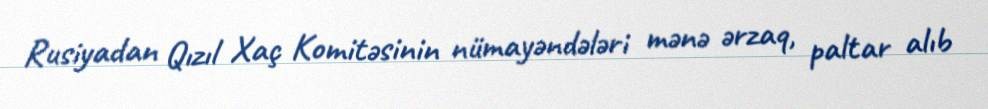
Rusiyadan Qızıl Xaç Komitəsinin nümayəndələri mənə ərzaq, paltar alıb